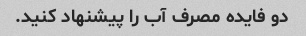
دو فایده مصرف آب را پیشنهاد کنید.